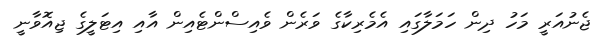
ޖެނުއަރީ މަހު ދިން ހަމަލާގައި އެމެރިކާގެ ވަރެން ވެއިސްންޓެއިން އާއި އިޓަލީގެ ޖިއޮވާނީ